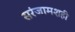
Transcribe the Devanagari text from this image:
सरंजामशही